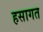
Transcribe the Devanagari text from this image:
हसागत